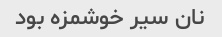
نان سیر خوشمزه بود